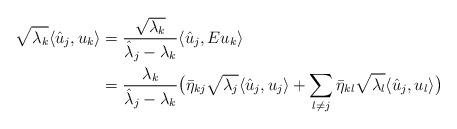
LaTeX: \begin{align*}\sqrt{\lambda_k}\langle \hat u_j,u_k\rangle&=\frac{\sqrt{\lambda_k}}{\hat \lambda_j-\lambda_k}\langle \hat u_j,Eu_k\rangle\\&=\frac{\lambda_k}{\hat \lambda_j-\lambda_k}\big(\bar\eta_{kj}\sqrt{\lambda_j}\langle\hat u_j,u_j\rangle+\sum_{l\neq j}\bar\eta_{kl}\sqrt{\lambda_l}\langle\hat u_j,u_l\rangle\big)\end{align*}